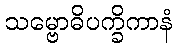
သမ္ဗောဓိပက္ခိကာနံ